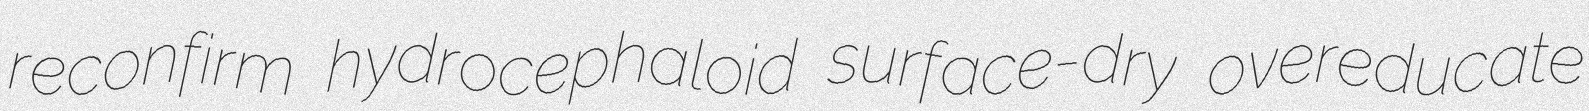
reconfirm hydrocephaloid surface-dry overeducate